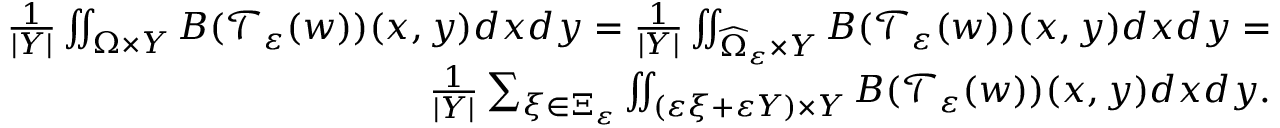
\begin{array} { r } { \frac { 1 } { | Y | } \iint _ { \Omega \times Y } B ( \mathcal T _ { \varepsilon } ( w ) ) ( x , y ) d x d y = \frac { 1 } { | Y | } \iint _ { \widehat \Omega _ { \varepsilon } \times Y } B ( \mathcal T _ { \varepsilon } ( w ) ) ( x , y ) d x d y = } \\ { \frac { 1 } { | Y | } \sum _ { \xi \in \Xi _ { \varepsilon } } \iint _ { ( \varepsilon \xi + \varepsilon Y ) \times Y } B ( \mathcal T _ { \varepsilon } ( w ) ) ( x , y ) d x d y . } \end{array}